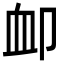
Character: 卹